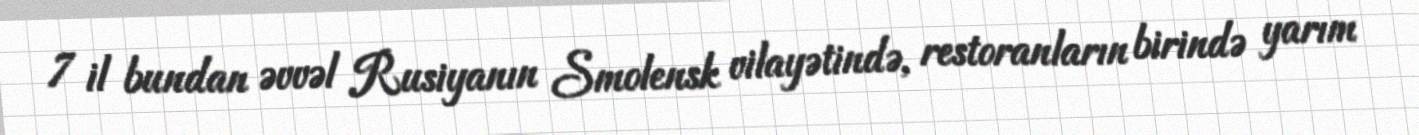
7 il bundan əvvəl Rusiyanın Smolensk vilayətində, restoranların birində yarım